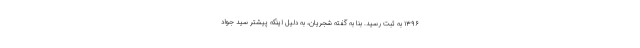
۱۳۹۶ به ثبت رسید. بنا به گفتهٔ شجریان، به دلیل اینکه پیشتر سید جواد